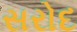
સરોદ